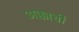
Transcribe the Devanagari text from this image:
अक्काची